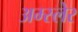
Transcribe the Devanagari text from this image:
अम्स्लेर